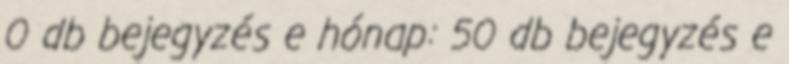
0 db bejegyzés e hónap: 50 db bejegyzés e